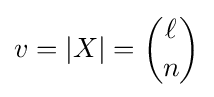
v=\left|X\right|={\binom {\ell }{n}}